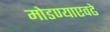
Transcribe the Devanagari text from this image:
मोडण्याएवढे